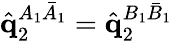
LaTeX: \hat{\mathbf{q}}_{2}^{A_{1}\bar{A}_{1}}=\hat{\mathbf{q}}_{2}^{B_{1}\bar{B}_{1}}